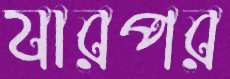
যারপর